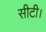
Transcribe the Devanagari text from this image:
सीटी।